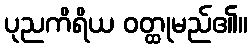
ပုညကိရိယ ဝတ္ထုမည်၏။